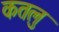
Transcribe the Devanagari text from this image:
कतलु